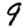
Digit: 9